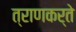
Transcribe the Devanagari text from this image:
त्राणकर्ते